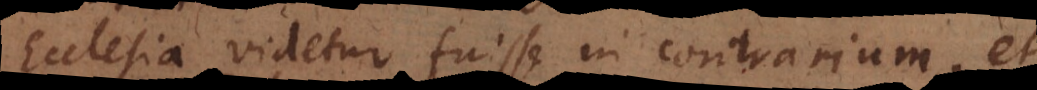
Ecclesia[e] videtur fuisse in contrarium, et